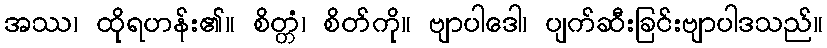
အဿ၊ ထိုရဟန်း၏။ စိတ္တံ၊ စိတ်ကို။ ဗျာပါဒေါ၊ ပျက်ဆီးခြင်းဗျာပါဒသည်။